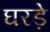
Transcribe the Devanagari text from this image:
घरड़े